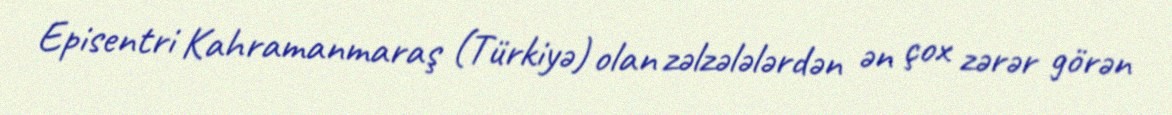
Episentri Kahramanmaraş (Türkiyə) olan zəlzələlərdən ən çox zərər görən